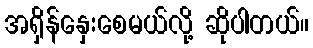
အရှိန်နှေးစေမယ်လို့ ဆိုပါတယ်။